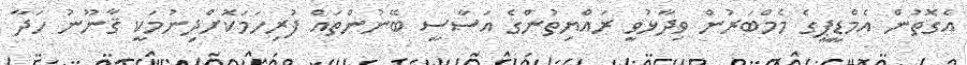
އެގޮތުން އެމްޑީޕީގެ މެމްބަރުން ވިދާޅުވީ ރައްޔިތުންގެ އަސާސީ ބޭނުންތައް ފުރިހަމަކޮށްދިނުމަކީ ޤާނޫނު ހަދާ